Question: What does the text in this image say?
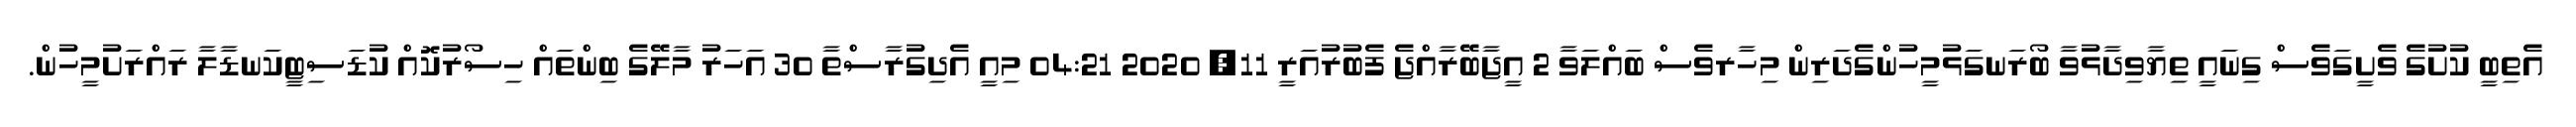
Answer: އެތިބީ ކުށުގެ ވެށީގަވެސް ގިނައީ ތިޔާވިދާޅުވާ ބޯރަނގަޅުމީހުންގެދަރިން މިހާރވެސް ބައްލަވާ 2 އީޖާބޭރާއްޖެ ފެބުރުއަރީ 11, 2020 04:21 މިއީ އެދިގުރާސްތާ 30 އަހަރު މާލޭގެ ބިންތައް ހިސޯރުކޮއް ކުޑަސިޓީކަނޑާލާ ރައްރަށުމީހުން.